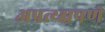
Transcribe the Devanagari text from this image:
अप्रत्य्क्षपणे